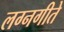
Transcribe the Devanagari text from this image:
लग्नगीते